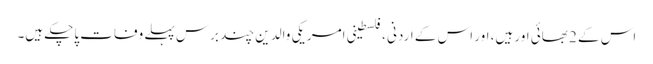
اس کے 2 بھائی اور ہیں، اور اس کے اردنی ،فلسطینی امریکی والدین چند برس پہلے وفات پاچکے ہیں۔